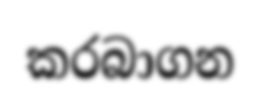
කරබාගන